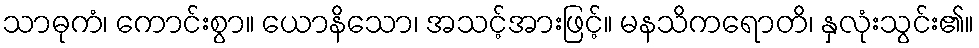
သာဓုကံ၊ ကောင်းစွာ။ ယောနိသော၊ အသင့်အားဖြင့်။ မနသိကရောတိ၊ နှလုံးသွင်း၏။